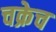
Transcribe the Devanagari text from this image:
चक्रेच